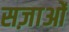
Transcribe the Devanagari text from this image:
सज़ाओं